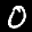
Label: 0